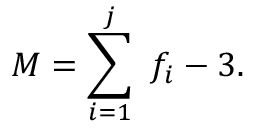
M = \sum _ { i = 1 } ^ { j } \ f _ { i } - 3 .